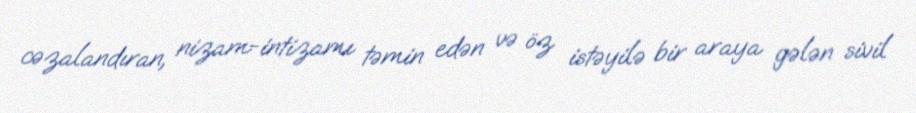
cəzalandıran, nizam-intizamı təmin edən və öz istəyilə bir araya gələn sivil